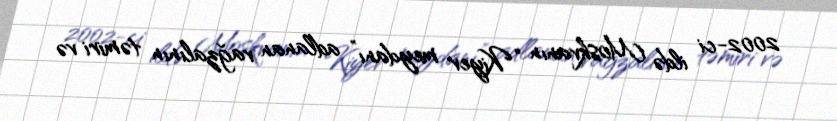
2002-ci ildə Moskvanın “Kiyev meydanı” adlanan vağzalının təmiri və